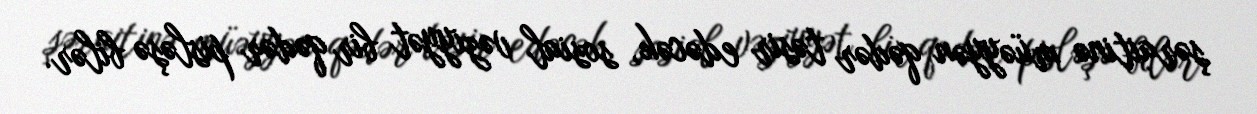
şəraitinə müəyyən qədər təsir edəcək, sosial vəziyyət bir qədər pisləşə bilər.